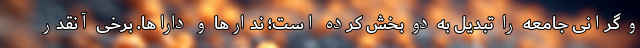
و گرانی جامعه را تبدیل به دو بخش کرده است؛ ندارها و داراها. برخی آنقدر